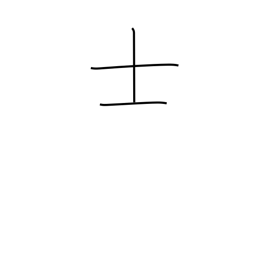
Meaning: gentleman